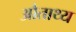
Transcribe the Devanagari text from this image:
औताथ्य